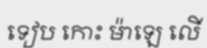
ទៀប កោះ ម៉ាឡេ លើ